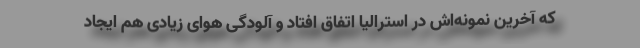
که آخرین نمونه‌اش در استرالیا اتفاق افتاد و آلودگی هوای زیادی هم ایجاد